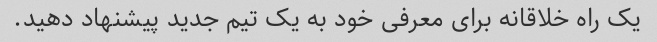
یک راه خلاقانه برای معرفی خود به یک تیم جدید پیشنهاد دهید.